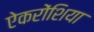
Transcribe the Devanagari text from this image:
ऐकरोंशिया